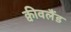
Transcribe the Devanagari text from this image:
क्वीवलैंड